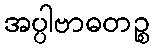
အပ္ပါဗာဓတဉ္စ